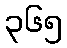
၃၆၅